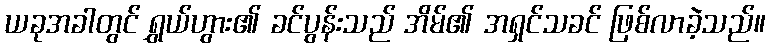
ယခုအခါတွင် ရွှယ်ဟွား၏ ခင်ပွန်းသည် အိမ်၏ အရှင်သခင် ဖြစ်လာခဲ့သည်။